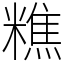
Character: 𥼚